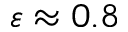
\varepsilon \approx 0 . 8